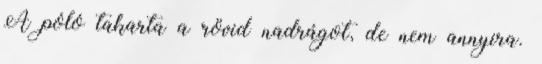
A póló takarta a rövid nadrágot, de nem annyira.